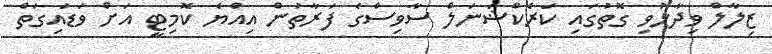
ޒިލާލް ވިދާޅުވި ގޮތުގައި ކަރެކްޝަނަލް ސާވިސްގެ ފަރާތުން އިއްޔެ ކޮމިޓީ އަށް ވަޑައިގަތް